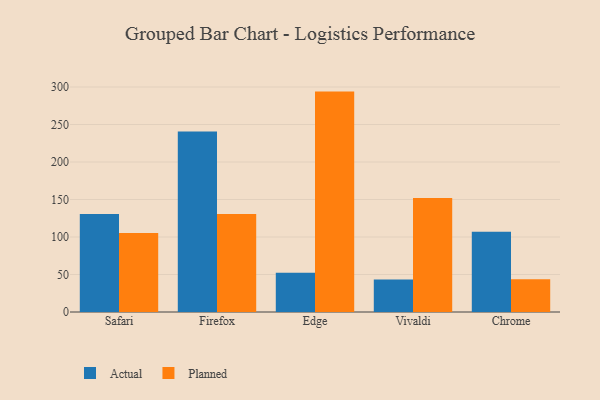
{"axis": {"x": "Browser", "y": "Humidity (%)"}, "legend": ["Actual", "Planned"], "data": [{"x": "Safari", "y": 130.7, "type": "Actual"}, {"x": "Safari", "y": 105.5, "type": "Planned"}, {"x": "Firefox", "y": 240.8, "type": "Actual"}, {"x": "Firefox", "y": 130.8, "type": "Planned"}, {"x": "Edge", "y": 52.3, "type": "Actual"}, {"x": "Edge", "y": 293.9, "type": "Planned"}, {"x": "Vivaldi", "y": 43.2, "type": "Actual"}, {"x": "Vivaldi", "y": 151.9, "type": "Planned"}, {"x": "Chrome", "y": 106.9, "type": "Actual"}, {"x": "Chrome", "y": 43.6, "type": "Planned"}]}